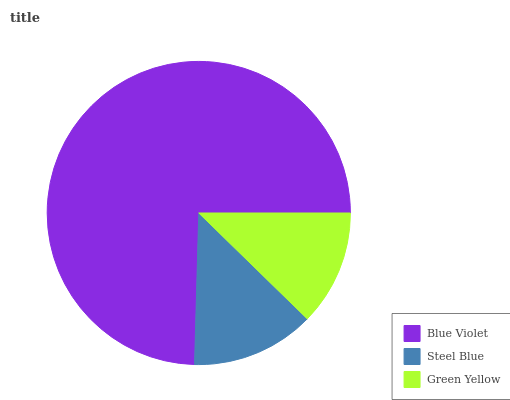
| Blue Violet | Steel Blue | Green Yellow |
 | --- | --- | --- |
 | 74.5% | 13.2% | 12.3% |